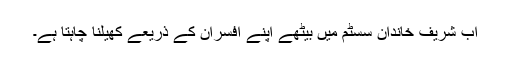
اب شریف خاندان سسٹم میں بیٹھے اپنے افسران کے ذریعے کھیلنا چاہتا ہے۔